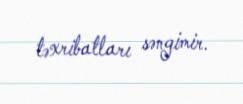
təxribatları səngimir.